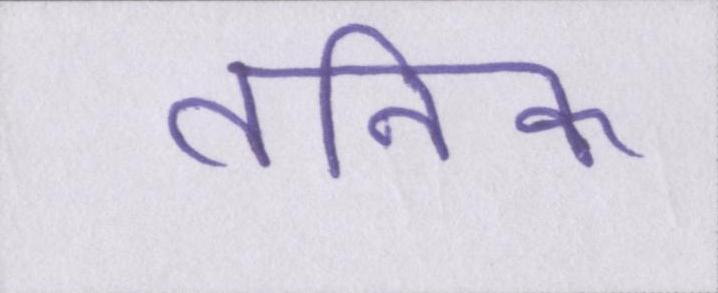
तनिक